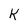
Character: k